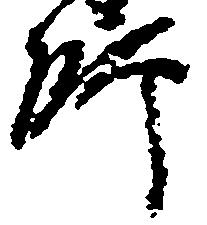
師